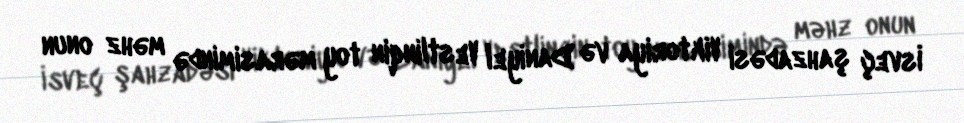
İsveç şahzadəsi Viktoriya və Daniyel Vestlinqin toy mərasimində məhz onun